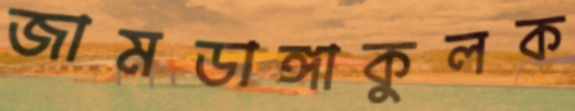
জামডাঙ্গাকুলক